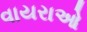
વાયરાઓ